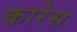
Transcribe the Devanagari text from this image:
कारेस